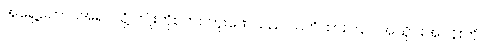
အရှေ့တောင်အရပ်သို့ ကျုံးကိုစတင်တူးဖော်သည် သတိထားကြပါ အသိုင်းအဝန်းကို